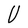
Character: U